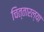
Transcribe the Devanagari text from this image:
चित्तारल्या